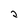
Character: 2